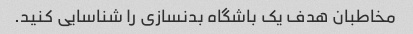
مخاطبان هدف یک باشگاه بدنسازی را شناسایی کنید.